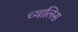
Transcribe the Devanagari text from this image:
च्यालिस